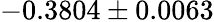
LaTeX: -0.3804\pm 0.0063